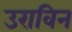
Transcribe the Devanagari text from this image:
उराविन